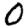
Digit: 0